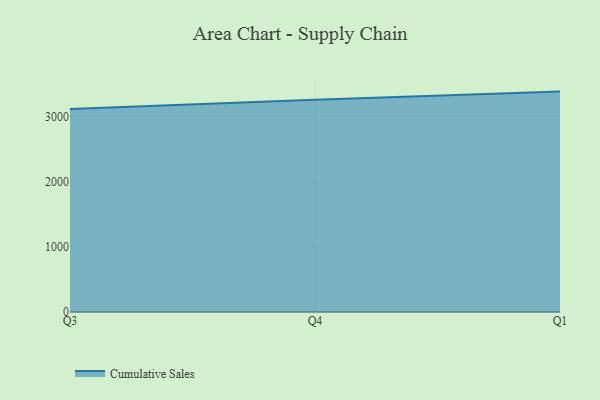
{"axis": {"x": "Quarter", "y": "Humidity (%)"}, "legend": ["Cumulative Sales"], "data": [{"x": "Q3", "y": 3115.6, "type": "Cumulative Sales"}, {"x": "Q4", "y": 3256.1, "type": "Cumulative Sales"}, {"x": "Q1", "y": 3381.1, "type": "Cumulative Sales"}]}